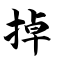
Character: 掉